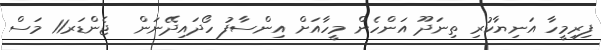
ފިރިމީހާ އަނިޔާކުރި ތިނަދޫ އަންހެން މީހާއަށް އިންސާފު ހޯދައިދޭނަން  ޖެންޑަރ11 މަސް